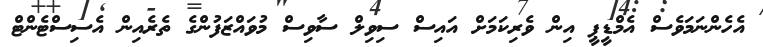
އެހެންނަމަވެސް އެމްޑީޕީ އިން ވެރިކަމަށް އައިސް ސިވިލް ސާވިސް މުވައްޒަފުންގެ ތެރެއިން އެސިސްޓެންޓް